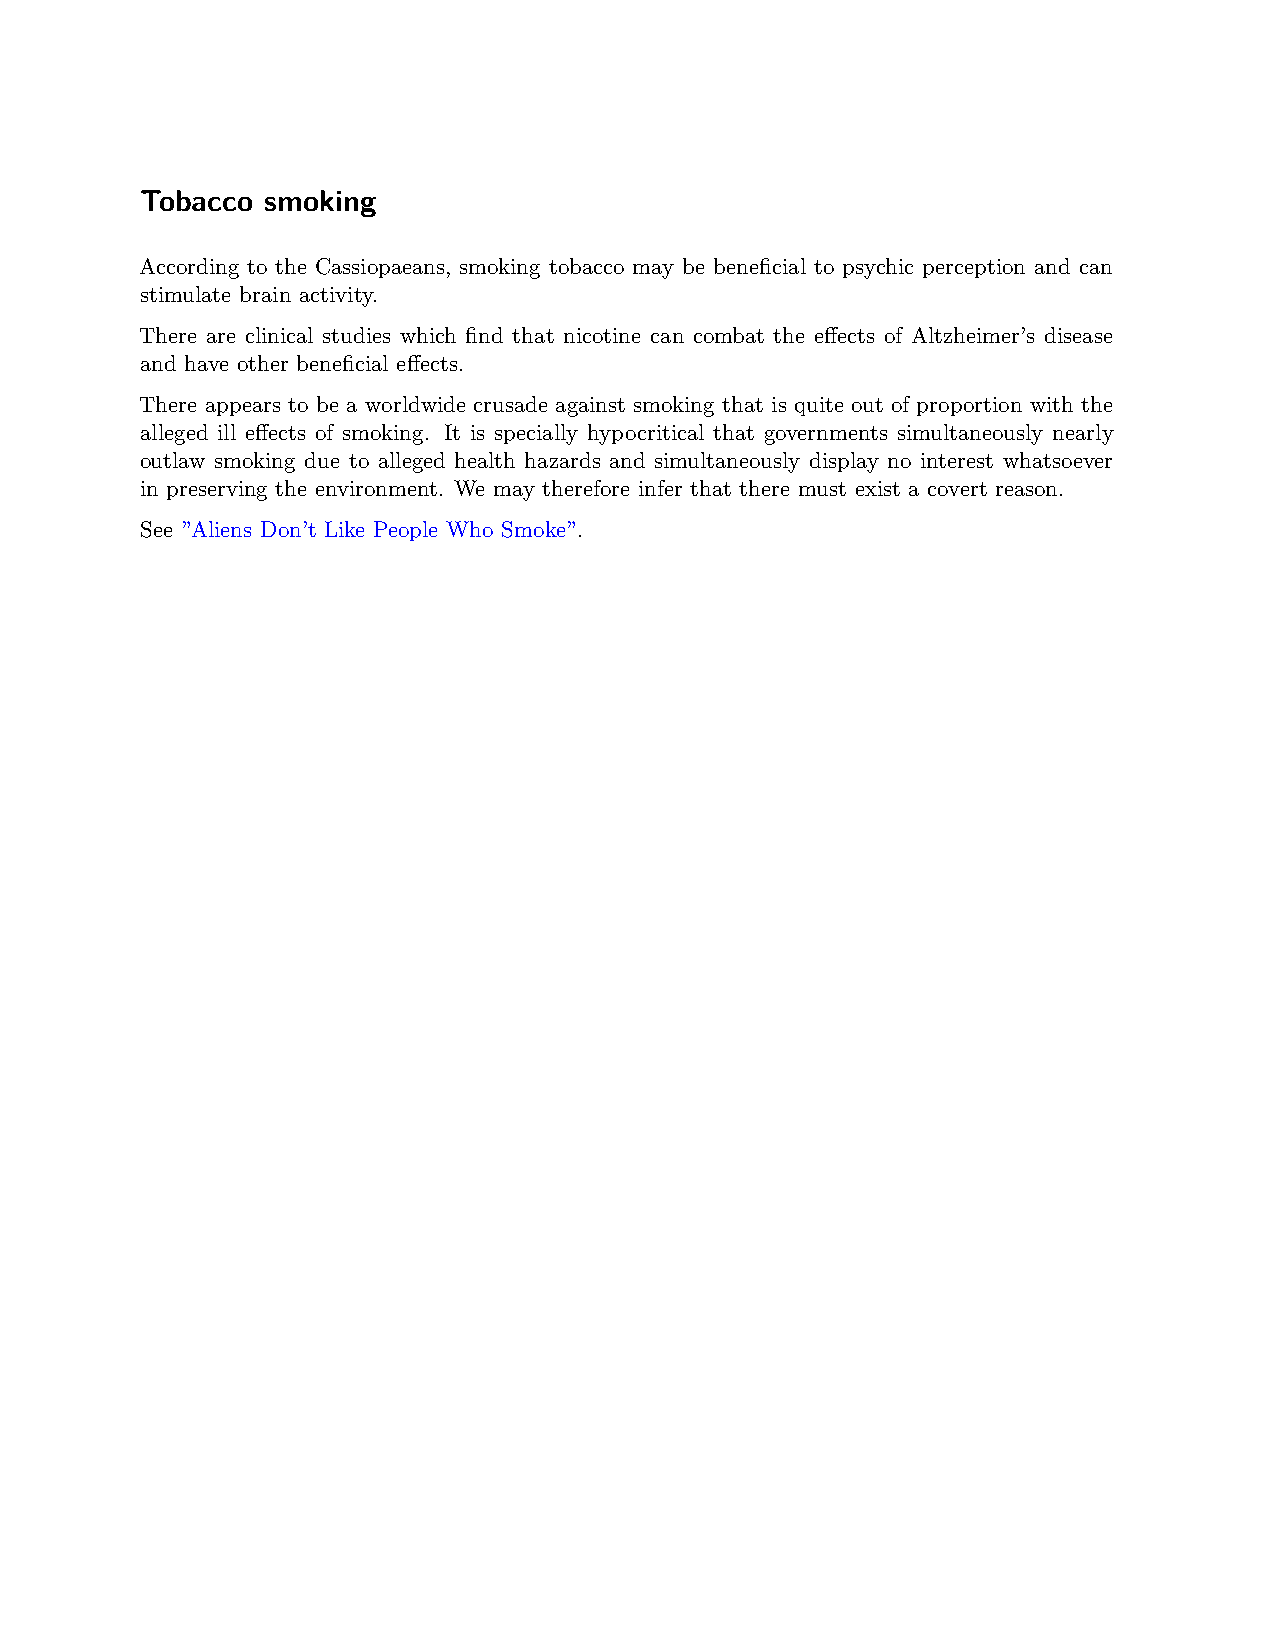
Tobacco  smoking
 According to the Cassiopaeans, smoking tobacco may be beneficial to psychic perception and can
 stimulate brain activity.
 There are clinical studies which find that nicotine can combat the effects of Altzheimer’s disease
 and have other beneficial effects.
 There appears to be a worldwide crusade against smoking that is quite out of proportion with the
 alleged ill effects of smoking. It is specially hypocritical that governments simultaneously nearly
 outlaw smoking due to alleged health hazards and simultaneously display no interest whatsoever
 in preserving the environment. We may therefore infer that there must exist a covert reason.
 See ”Aliens Don’t Like People Who Smoke”.